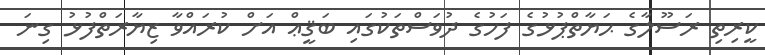
ކީރިތި ރަސޫލާގެ ޙަޔާތްޕުޅުގެ ފަހުގެ ދުވަސްތަކުގައި ބަޤީޢް އަށް ކުރައްވާ ޒިޔާރަތްފުޅު ގިނަ